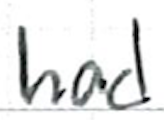
Text: had
Cross-out: clean
Writing tool: ballpoint